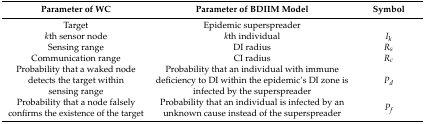
<table><thead><tr><td><b>Parameter of WC</b></td><td><b>Parameter of BDIIM Model</b></td><td><b>Symbol </b></td></tr></thead><tbody><tr><td>Target</td><td>Epidemic superspreader</td><td></td></tr><tr><td><i>k</i>th sensor node</td><td><i>k</i>th individual</td><td><i>I<sub>k</sub></i></td></tr><tr><td>Sensing range</td><td>DI radius</td><td><i>R<sub>s</sub></i></td></tr><tr><td>Communication range</td><td>CI radius</td><td><i>R<sub>c</sub></i></td></tr><tr><td>Probability that a waked node detects the target within sensing range</td><td>Probability that an individual with immune deficiency to DI within the epidemic’s DI zone is infected by the superspreader</td><td><i>P<sub>d</sub></i></td></tr><tr><td>Probability that a node falsely confirms the existence of the target</td><td>Probability that an individual is infected by an unknown cause instead of the superspreader</td><td><i>P<sub>f</sub></i></td></tr></tbody></table>